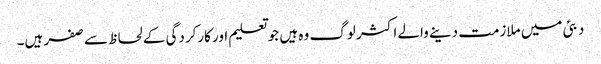
دبئی میں ملازمت دینے والے اکثر لوگ وہ ہیں جو تعلیم اور کارکردگی کے لحاظ سے صفر ہیں۔